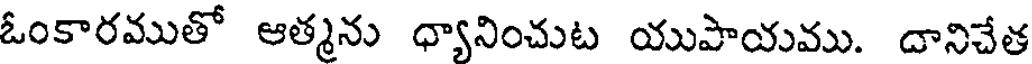
ఓంకారముతో ఆత్మను ధ్యానించుట యుపాయము. దానిచేత